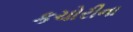
કચોરીના